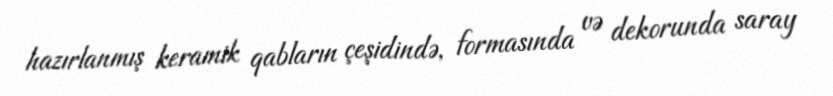
hazırlanmış keramik qabların çeşidində, formasında və dekorunda saray